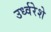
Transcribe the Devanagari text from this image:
उर्ध्वरेशे